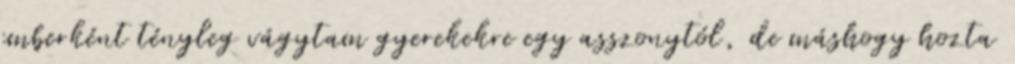
emberként tényleg vágytam gyerekekre egy asszonytól, de máshogy hozta